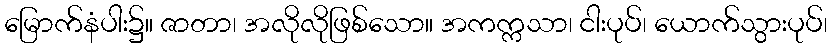
မြောက်နံပါး၌။ ဇာတာ၊ အလိုလိုဖြစ်သော။ အကက္ကသာ၊ ငါးပုပ်၊ ယောက်သွားပုပ်၊